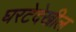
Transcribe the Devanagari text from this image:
घरटेदेखील